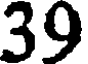
39